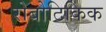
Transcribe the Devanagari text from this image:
रोबोटिकिक